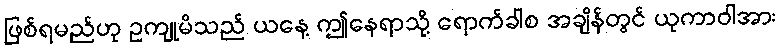
ဖြစ်ရမည်ဟု ဥကျုမိသည် ယနေ့ ဤနေရာသို့ ရောက်ခါစ အချိန်တွင် ယုကာဝါအား